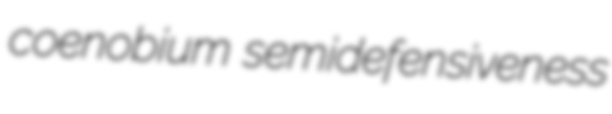
coenobium semidefensiveness